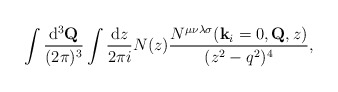
\begin{align*}\int\frac{{\rm d}^3{\bf Q}}{(2\pi )^3}\int\frac{{\rm d}z}{2\pi i} N(z)\frac{N^{\mu \nu \lambda \sigma}({\bf k}_i=0,{\bf Q},z)}{(z^2 -q^2)^4},\end{align*}